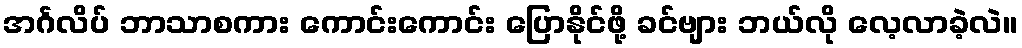
အင်္ဂလိပ် ဘာသာစကား ကောင်းကောင်း ပြောနိုင်ဖို့ ခင်ဗျား ဘယ်လို လေ့လာခဲ့လဲ။